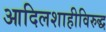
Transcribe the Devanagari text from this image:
आदिलशाहीविरुद्ध